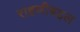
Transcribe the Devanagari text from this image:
राहणीबद्दल